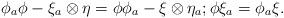
LaTeX: \begin{align*}\phi_a\phi-\xi_a\otimes\eta=\phi\phi_a-\xi\otimes\eta_a; \phi\xi_a=\phi_a\xi.\end{align*}